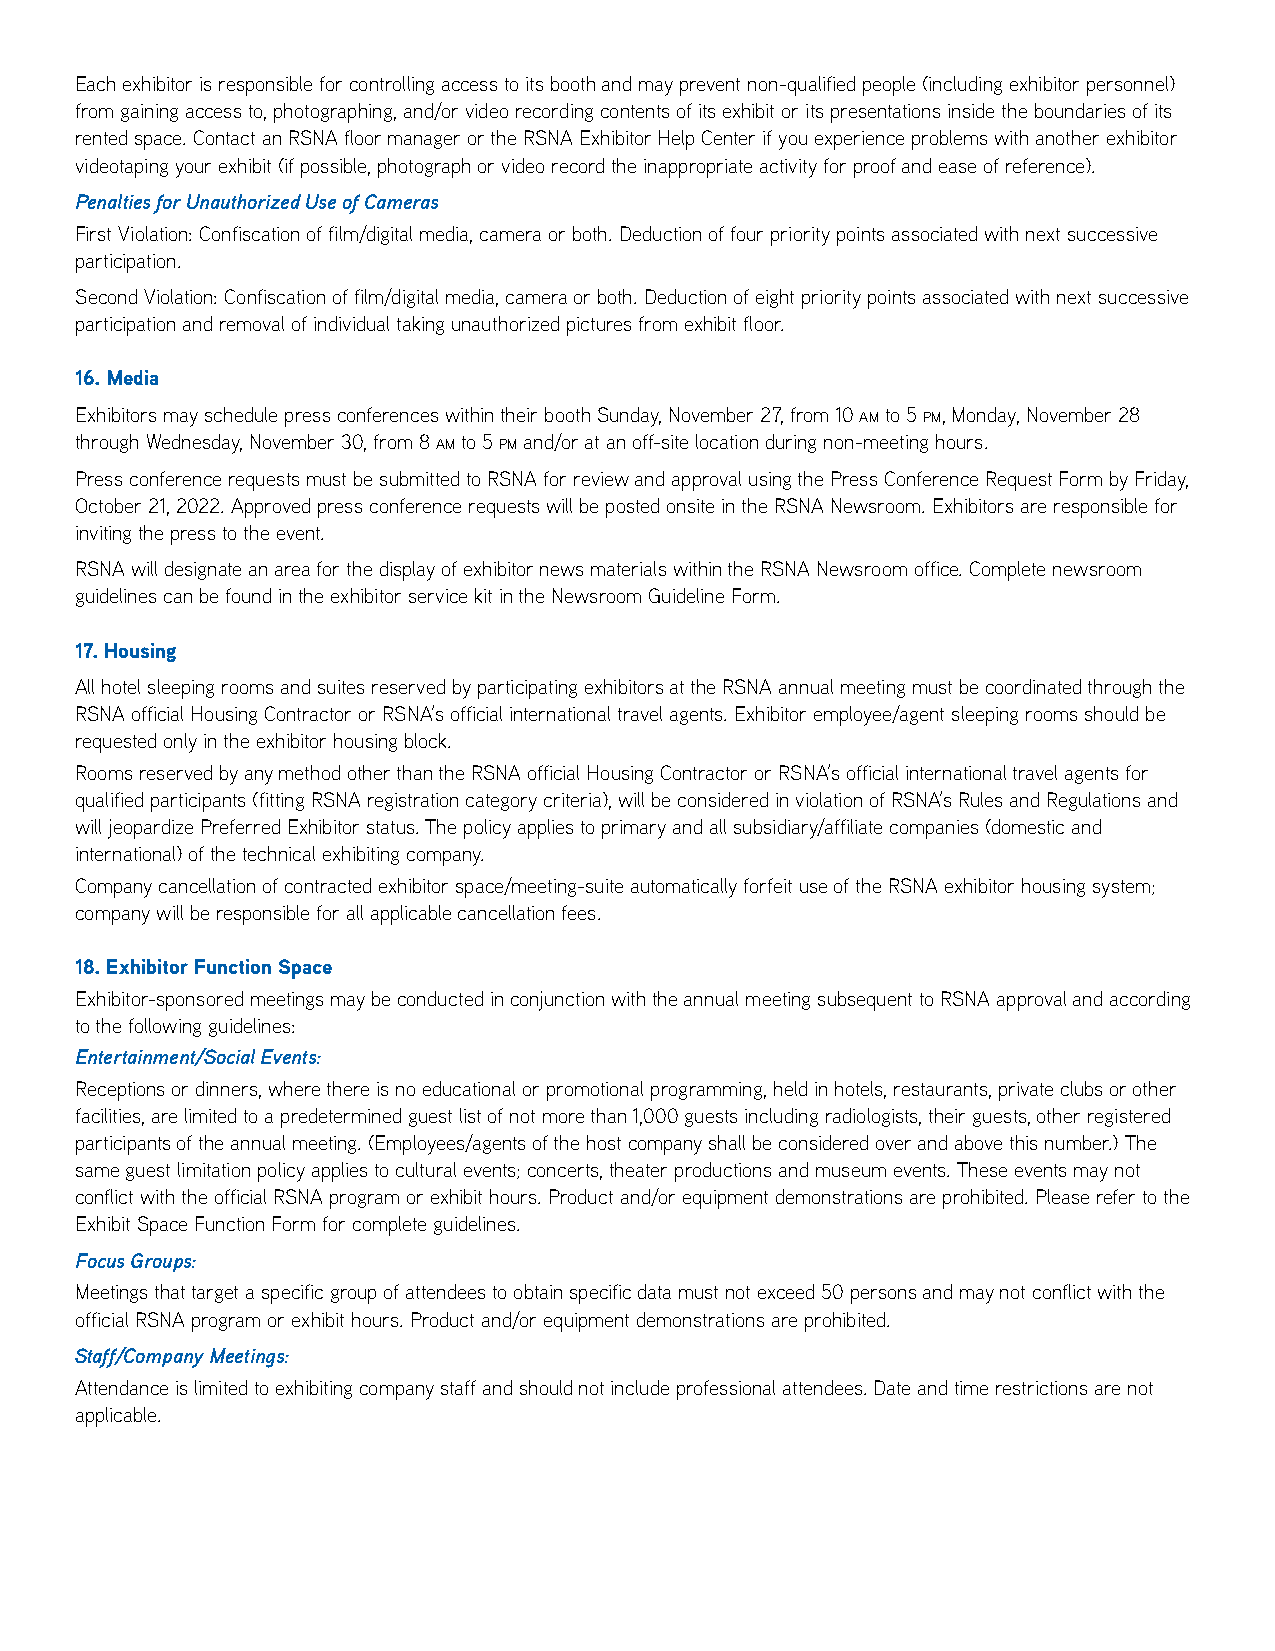
Each exhibitor is responsible for controlling access to its booth and may prevent non-qualified people (including exhibitor personnel)
 from gaining access to, photographing, and/or video recording contents of its exhibit or its presentations inside the boundaries of its
 rented space. Contact an RSNA floor manager or the RSNA Exhibitor Help Center if you experience problems with another exhibitor
 videotaping your exhibit (if possible, photograph or video record the inappropriate activity for proof and ease of reference).
 Penalties for Unauthorized Use of Cameras
 First Violation: Confiscation of film/digital media, camera or both. Deduction of four priority points associated with next successive
 participation.
 Second Violation: Confiscation of film/digital media, camera or both. Deduction of eight priority points associated with next successive
 participation and removal of individual taking unauthorized pictures from exhibit floor.
 16. Media
 Exhibitors may schedule press conferences within their booth Sunday, November 27, from 10 am to 5 pm, Monday, November 28
 through Wednesday, November 30, from 8 am to 5 pm and/or at an off-site location during non-meeting hours.
 Press conference requests must be submitted to RSNA for review and approval using the Press Conference Request Form by Friday,
 October 21, 2022. Approved press conference requests will be posted onsite in the RSNA Newsroom. Exhibitors are responsible for
 inviting the press to the event.
 RSNA will designate an area for the display of exhibitor news materials within the RSNA Newsroom office. Complete newsroom
 guidelines can be found in the exhibitor service kit in the Newsroom Guideline Form.
 17. Housing
 All hotel sleeping rooms and suites reserved by participating exhibitors at the RSNA annual meeting must be coordinated through the
 RSNA official Housing Contractor or RSNA’s official international travel agents. Exhibitor employee/agent sleeping rooms should be
 requested only in the exhibitor housing block.
 Rooms reserved by any method other than the RSNA official Housing Contractor or RSNA’s official international travel agents for
 qualified participants (fitting RSNA registration category criteria), will be considered in violation of RSNA’s Rules and Regulations and
 will jeopardize Preferred Exhibitor status. The policy applies to primary and all subsidiary/affiliate companies (domestic and
 international) of the technical exhibiting company.
 Company cancellation of contracted exhibitor space/meeting-suite automatically forfeit use of the RSNA exhibitor housing system;
 company will be responsible for all applicable cancellation fees.
 18. Exhibitor Function Space
 Exhibitor-sponsored meetings may be conducted in conjunction with the annual meeting subsequent to RSNA approval and according
 to the following guidelines:
 Entertainment/Social Events:
 Receptions or dinners, where there is no educational or promotional programming, held in hotels, restaurants, private clubs or other
 facilities, are limited to a predetermined guest list of not more than 1,000 guests including radiologists, their guests, other registered
 participants of the annual meeting. (Employees/agents of the host company shall be considered over and above this number.) The
 same guest limitation policy applies to cultural events; concerts, theater productions and museum events. These events may not
 conflict with the official RSNA program or exhibit hours. Product and/or equipment demonstrations are prohibited. Please refer to the
 Exhibit Space Function Form for complete guidelines.
 Focus Groups:
 Meetings that target a specific group of attendees to obtain specific data must not exceed 50 persons and may not conflict with the
 official RSNA program or exhibit hours. Product and/or equipment demonstrations are prohibited.
 Staff/Company Meetings:
 Attendance is limited to exhibiting company staff and should not include professional attendees. Date and time restrictions are not
 applicable.